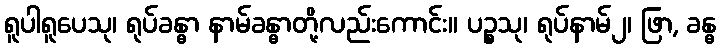
ရူပါရူပေသု၊ ရုပ်ခန္ဓာ နာမ်ခန္ဓာတို့လည်းကောင်း။ ပဉ္စသု၊ ရုပ်နာမ်၂၊ ဖြာ, ခန္ဓ